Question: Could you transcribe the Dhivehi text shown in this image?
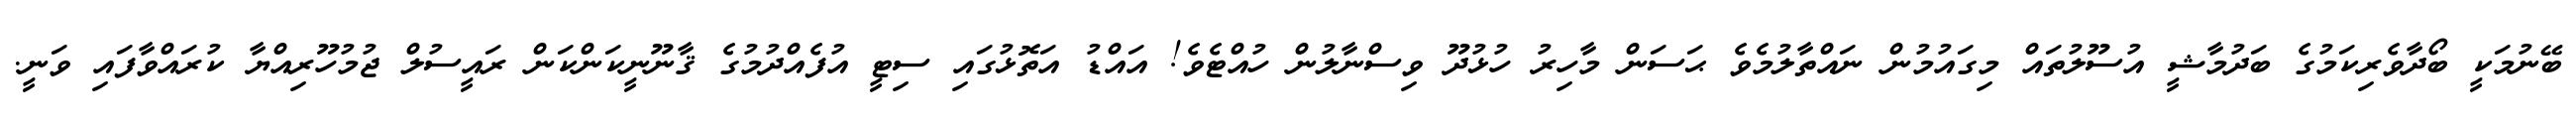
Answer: ބޭނުމަކީ ބޯދާވެރިކަމުގެ ބަދުމާޝީ އުސޫލުތައް މިގައުމުން ނައްތާލުމެވެ ޙަސަން މާހިރު ހުޅުދޫ ވިސްނާލުން ހުއްޓެވެ! އައްޑު އަތޮޅުގައި ސިޓީ އުފެއްދުމުގެ ޤާނޫނީކަންކަން ރައީސުލް ޖުމުހޫރިއްޔާ ކުރައްވާފައި ވަނީ.